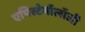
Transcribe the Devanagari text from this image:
एपिस्टेमॉलॉजी